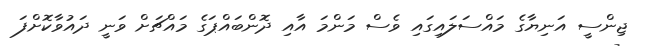
ޖިންސީ އަނިޔާގެ މައްސަލައިގައި ވެސް މަންމަ އާއި ދޮންބައްޕަގެ މައްޗަށް ވަނީ ދައުވާކޮށްފަ